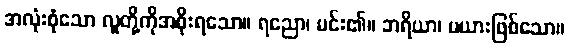
အလုံးစုံသော လူတို့ကိုအစိုးရသော။ ရညော၊ မင်း၏။ ဘရိယာ၊ မယားဖြစ်သော။